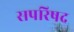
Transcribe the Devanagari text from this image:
सपरिषद